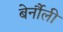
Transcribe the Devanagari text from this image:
बेर्नौली